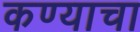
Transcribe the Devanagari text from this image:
कण्याचा